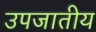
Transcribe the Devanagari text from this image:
उपजातीय